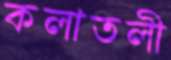
কলাতলী